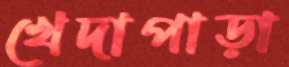
খেদাপাড়া